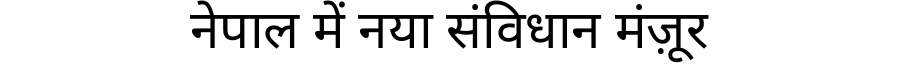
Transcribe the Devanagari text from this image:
नेपाल में नया संविधान मंज़ूर